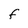
Character: f